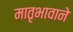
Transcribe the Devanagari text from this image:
मातृभावाने